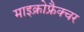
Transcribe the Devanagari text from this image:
माइक्रोफ्रैक्चर